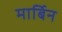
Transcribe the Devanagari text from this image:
मार्बिन